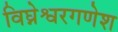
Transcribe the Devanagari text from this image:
विघ्नेश्वरगणेश